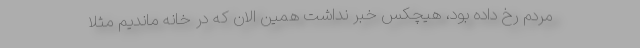
مردم رخ داده بود، هیچکس خبر نداشت همین الان که در خانه ماندیم مثلا